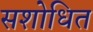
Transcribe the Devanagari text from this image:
सशोधित